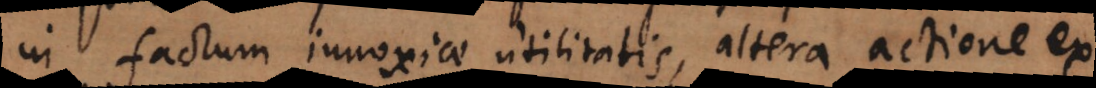
in factum innoxiae utilitatis, altera: actione ex